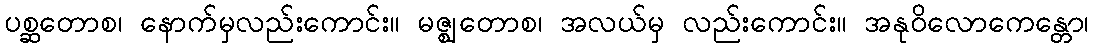
ပစ္ဆတောစ၊ နောက်မှလည်းကောင်း။ မဇ္ဈတောစ၊ အလယ်မှ လည်းကောင်း။ အနုဝိလောကေန္တော၊